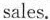
sales.